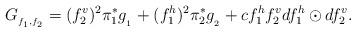
LaTeX: \begin{align*} G_{_{f_1,f_2}}=(f_2^v)^2\pi_1^*g_{_{_1}}+(f_1^h)^2\pi_2^*g_{_{_2}} +cf_1^hf_2^v df_1^h\odot df_2^v.\end{align*}